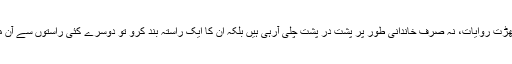
کیونکہ یہ من گھڑت روایات، نہ صرف خاندانی طور پر پشت در پشت چلی آرہی ہیں بلکہ ان کا ایک راستہ بند کرو تو دوسرے کئی راستوں سے آن موجود ہوتی ہیں۔